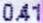
0.41